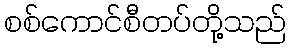
စစ်ကောင်စီတပ်တို့သည်